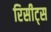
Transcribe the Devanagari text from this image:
रिसीट्स